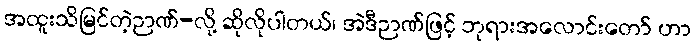
အထူးသိမြင်တဲ့ဉာဏ်-လို့ ဆိုလိုပါတယ်၊ အဲဒီဉာဏ်ဖြင့် ဘုရားအလောင်းတော် ဟာ